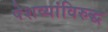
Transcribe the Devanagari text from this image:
पेशव्यांविरुद्ध